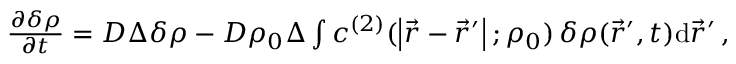
\begin{array} { r } { \frac { \partial \delta \rho } { \partial t } = D \Delta \delta \rho - D \rho _ { 0 } \Delta \int c ^ { ( 2 ) } ( \left| \vec { r } - \vec { r } ^ { \prime } \right| ; \rho _ { 0 } ) \, \delta \rho ( \vec { r } ^ { \prime } , t ) \mathrm { d } \vec { r } ^ { \prime } \, , } \end{array}